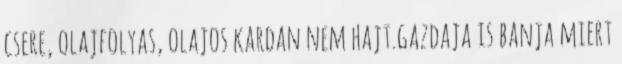
csere, olajfolyas, olajos kardan nem hajt.gazdaja is banja miert